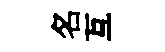
名互